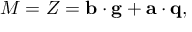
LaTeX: M = Z = { \bf b } \cdot { \bf g } + { \bf a } \cdot { \bf q } ,